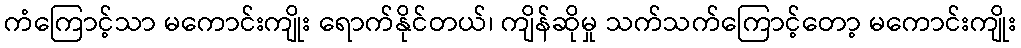
ကံကြောင့်သာ မကောင်းကျိုး ရောက်နိုင်တယ်၊ ကျိန်ဆိုမှု သက်သက်ကြောင့်တော့ မကောင်းကျိုး